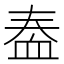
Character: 𫋫